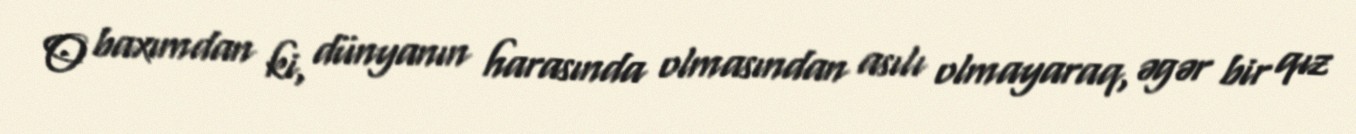
O baxımdan ki, dünyanın harasında olmasından asılı olmayaraq, əgər bir qız